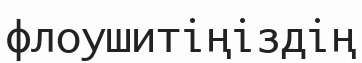
флоушитіңіздің